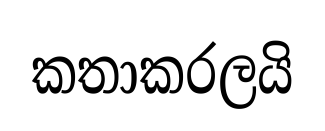
කතාකරලයි